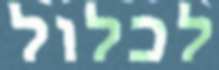
לכלול